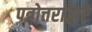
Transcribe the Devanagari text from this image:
पत्रोत्तरांद्वारे